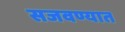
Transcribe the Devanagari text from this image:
सजवण्यात